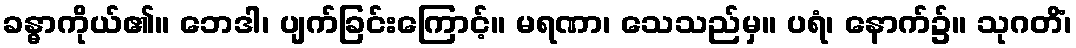
ခန္ဓာကိုယ်၏။ ဘေဒါ၊ ပျက်ခြင်းကြောင့်။ မရဏာ၊ သေသည်မှ။ ပရံ၊ နောက်၌။ သုဂတိံ၊